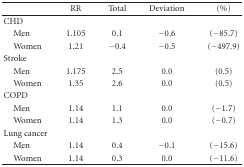
|  | RR | Total | Deviation | (%) |
 | --- | --- | --- | --- | --- |
 | CHD |  |  |  |  |
 | Men | 1.105 | 0.1 | −0.6 | (−85.7) |
 | Women | 1.21 | −0.4 | −0.5 | (−497.9) |
 | Stroke |  |  |  |  |
 | Men | 1.175 | 2.5 | 0.0 | (0.5) |
 | Women | 1.35 | 2.6 | 0.0 | (0.5) |
 | COPD |  |  |  |  |
 | Men | 1.14 | 1.1 | 0.0 | (−1.7) |
 | Women | 1.14 | 1.3 | 0.0 | (−0.7) |
 | Lung cancer |  |  |  |  |
 | Men | 1.14 | 0.4 | −0.1 | (−15.6) |
 | Women | 1.14 | 0.3 | 0.0 | (−11.6) |